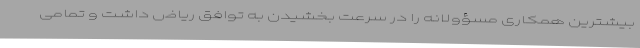
بیشترین همکاری مسؤولانه را در سرعت بخشیدن به توافق ریاض داشت و تمامی